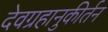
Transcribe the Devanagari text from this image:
देवग्रहानुकीर्तन